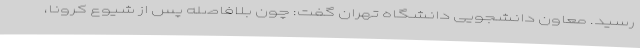
رسید. معاون دانشجویی دانشگاه تهران گفت: چون بلافاصله پس از شیوع کرونا،